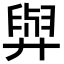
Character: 𦥸